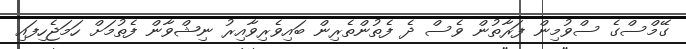
ގޭމްސްގެ ސްވުމިން ފަރާތުން ވެސް ދެ ފެތުންތެރިން ބައިވެރިވާއިރު ނިޝްވާން ފެތުމަށް ހަމަޖެހިފައި